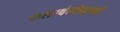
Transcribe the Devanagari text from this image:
कलावंतांकडूनही